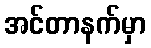
အင်တာနက်မှာ